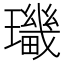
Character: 㼄